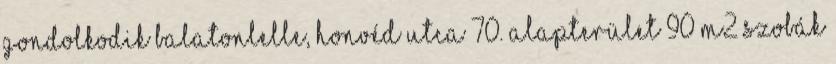
gondolkodik Balatonlelle, Honvéd utca 70. Alapterület 90 m2 Szobák